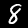
Label: 8